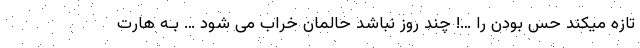
تازه میکند حس بودن را …! چند روز نباشد حالمان خراب می شود … بـه هارت